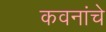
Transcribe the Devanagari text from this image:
कवनांचे